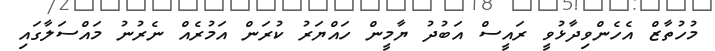
މުހުތާޒް އެހެންވިދާޅުވީ ރައީސް އަބުދު ޔާމީން ހައްޔަރު ކުރަން އަމުރެއް ނެރުނު މައްސަލާގައި